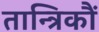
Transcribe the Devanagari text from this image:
तान्त्रिकौं